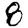
Digit: 8